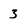
Character: 3